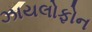
ઝાયલોફોન